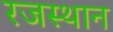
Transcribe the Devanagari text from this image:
रजस्थान